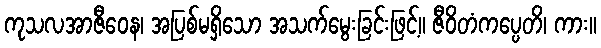
ကုသလအာဇီဝေန၊ အပြစ်မရှိသော အသက်မွေးခြင်းဖြင့်။ ဇီဝိတံကပ္ပေတိ၊ ကား။